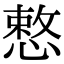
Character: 慗